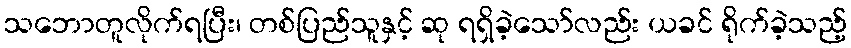
သဘောတူလိုက်ရပြီး၊ တစ်ပြည်သူနှင့် ဆု ရရှိခဲ့သော်လည်း ယခင် ရိုက်ခဲ့သည့်